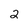
Character: 2